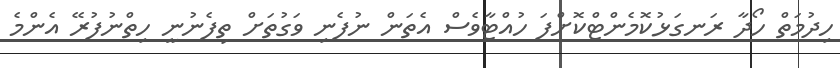
ހިދުމަތް ހޯދާ ރަނގަޅުކޮމެންޓްކޮށްފަ ހުއްޓާވެސް އެތަން ނުފެނި ވަގުތަށް ތިފެނުނީ ހިތްނުފުރޭ އެންމެ